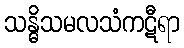
သန္ဓိသမလသံကဋီရာ